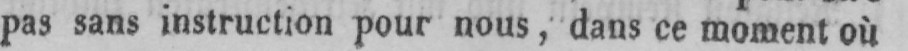
pas sans instruction pour nous, dans ce moment où